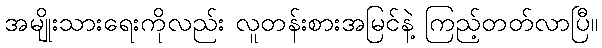
အမျိုးသားရေးကိုလည်း လူတန်းစားအမြင်နဲ့ ကြည့်တတ်လာပြီ။